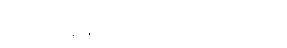
ဒီခေတ် ပန်းချီသင်ရတာထက် ပိုကြာတယ်။